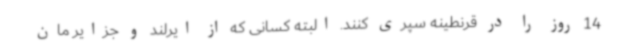
14 روز را در قرنطینه سپری کنند. البته کسانی که از ایرلند و جزایر مان